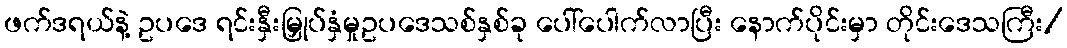
ဖက်ဒရယ်နဲ့ ဥပဒေ ရင်းနှီးမြှုပ်နှံမှုဥပဒေသစ်နှစ်ခု ပေါ်ပေါက်လာပြီး နောက်ပိုင်းမှာ တိုင်းဒေသကြီး/